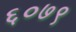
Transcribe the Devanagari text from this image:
६०७९